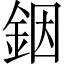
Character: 銦